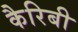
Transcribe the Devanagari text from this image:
कैरिबी